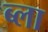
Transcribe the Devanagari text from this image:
ब्ला